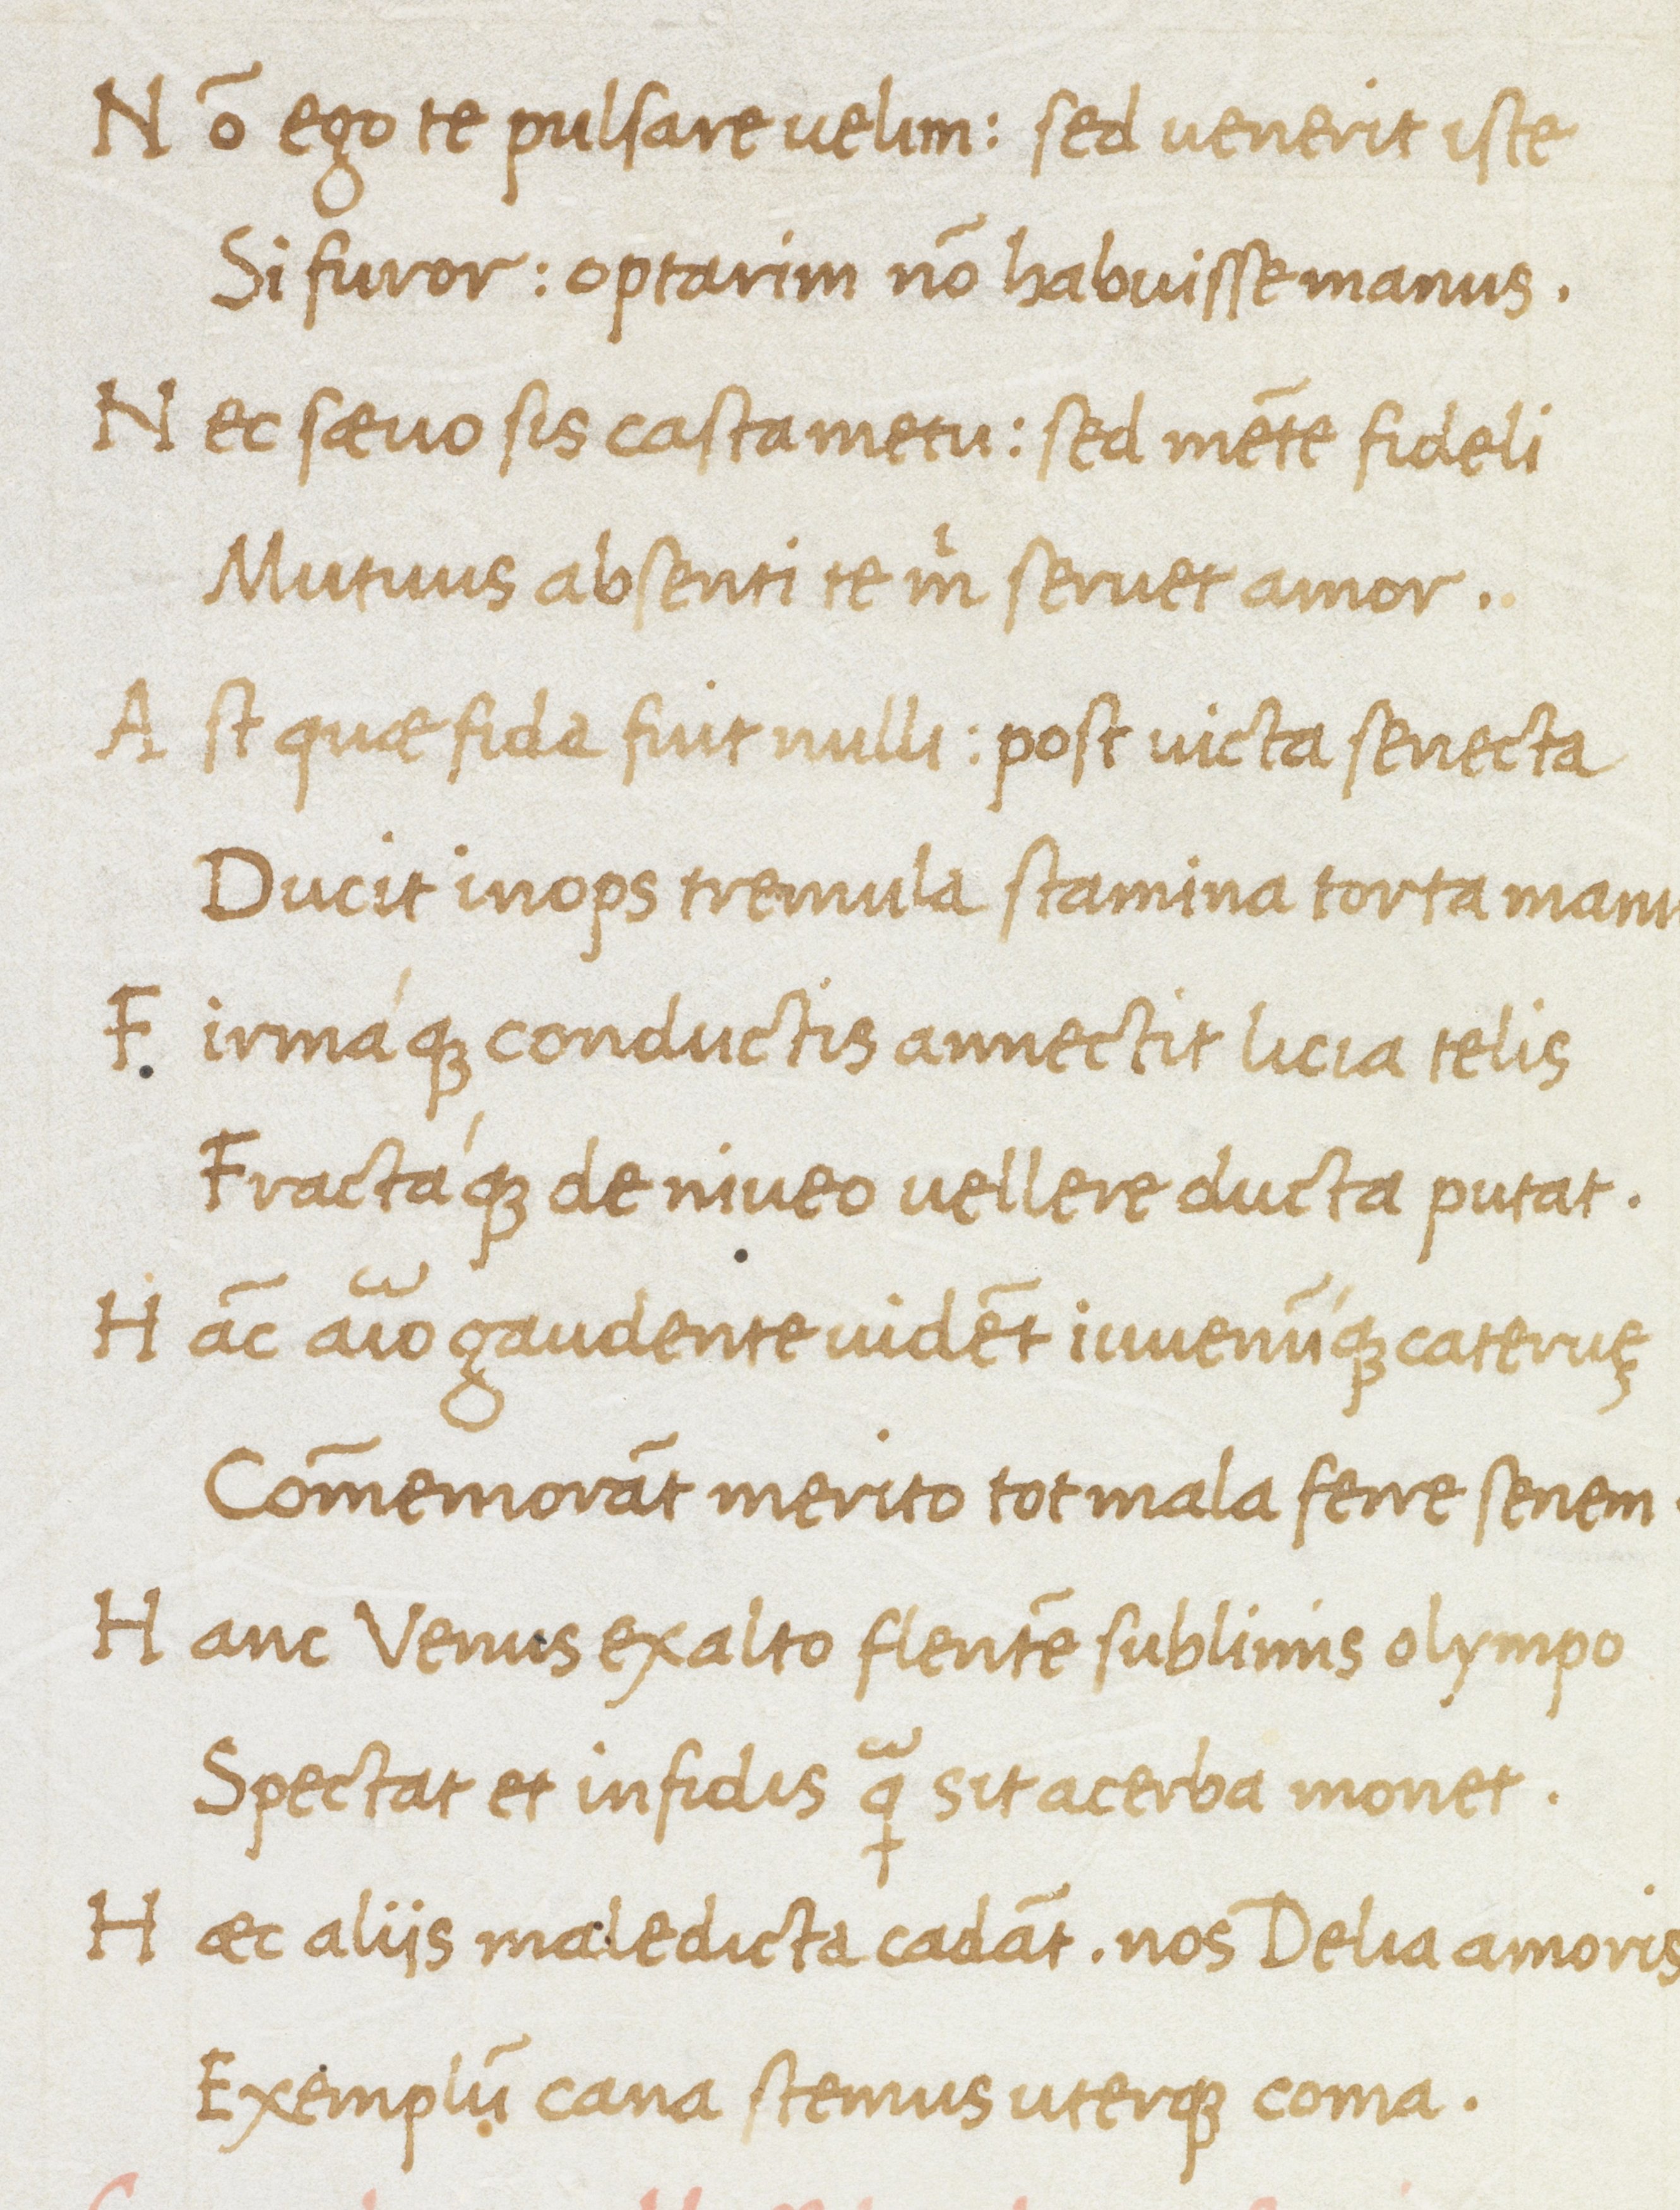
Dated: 1475–1495